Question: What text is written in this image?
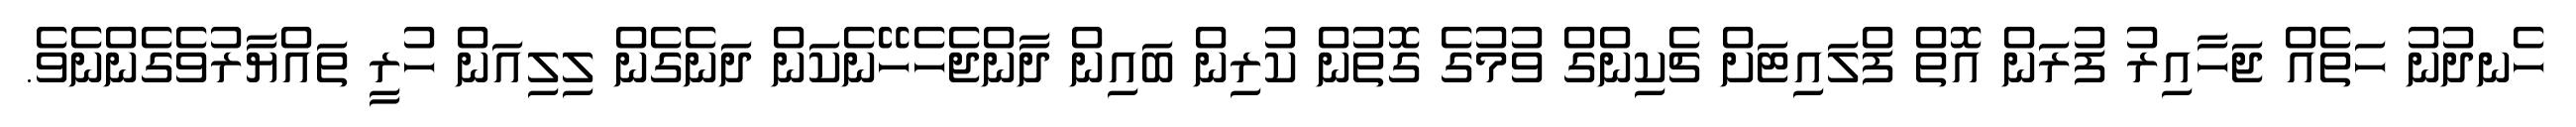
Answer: ހެނދުނު ހަތެއް ޖަހާއިރު ފުރަން އޮތް ފްލައިޓަށް ޗެކިންގް ވުމުގެ ގޮތުން ކުރިން ބައިން ދާންޖެހެހޭނެކަން ދަނެގެން ލިލިއަން ހުރީ ތައްޔާރުވެގެންނެވެ.